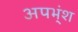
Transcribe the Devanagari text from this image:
अपभ्ंश